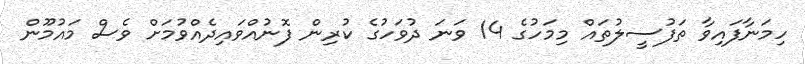
ހިމަނާފައިވާ ތަފުސީލުތައް މިމަހުގެ 14 ވަނަ ދުވަހުގެ ކުރިން ފޮނުއްވައިދެއްވުމަށް ވެސް މައުމޫން